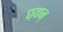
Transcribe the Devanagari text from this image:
छ्वान्